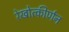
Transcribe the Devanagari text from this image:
रेखोत्कीर्णन